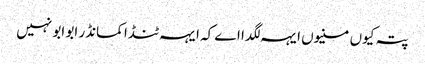
پتہ کیوں منیوں ایہہ لگدا اے کہ ایہہ ٹنڈا کمانڈر ابو ابو نہیں